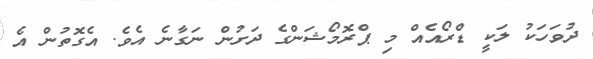
ދުވަހަކު ލަކީ ޑްރޯއެއް މި ޕްރޮމޯޝަންގެ ދަށުން ނަގާނެ އެވެ. އެގޮތުން އެ